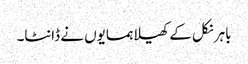
باہر نکل کے کھیلا ہمسایوں نے ڈانٹا۔